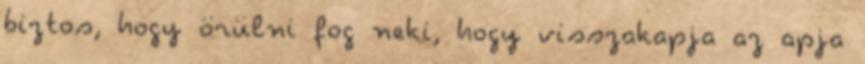
biztos, hogy örülni fog neki, hogy visszakapja az apja